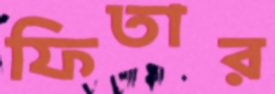
ফিতার